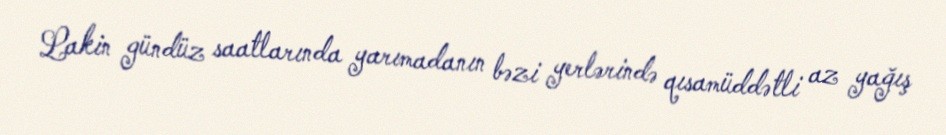
Lakin gündüz saatlarında yarımadanın bəzi yerlərində qısamüddətli az yağış